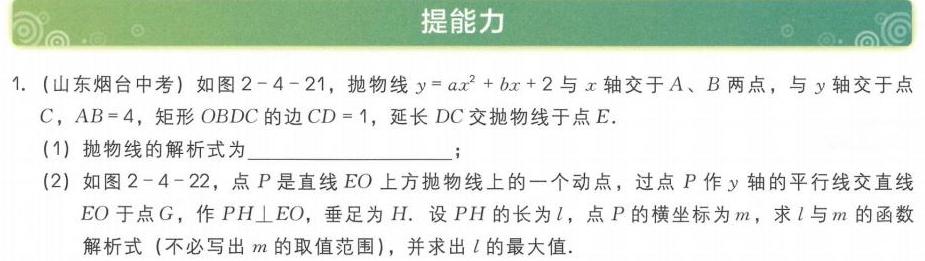
### 提能力
1. (山东烟台中考) 如图 \(2 - 4 - 21\)，抛物线 \(y = ax^{2}+bx + 2\) 与 \(x\) 轴交于 \(A\)、\(B\) 两点，与 \(y\) 轴交于点 \(C\)，\(AB = 4\)，矩形 \(OBDC\) 的边 \(CD = 1\)，延长 \(DC\) 交抛物线于点 \(E\)．
   - (1) 抛物线的解析式为  ；
   - (2) 如图 \(2 - 4 - 22\)，点 \(P\) 是直线 \(EO\) 上方抛物线上的一个动点，过点 \(P\) 作 \(y\) 轴的平行线交直线 \(EO\) 于点 \(G\)，作 \(PH\perp EO\)，垂足为 \(H\)．设 \(PH\) 的长为 \(l\)，点 \(P\) 的横坐标为 \(m\)，求 \(l\) 与 \(m\) 的函数解析式 (不必写出 \(m\) 的取值范围)，并求出 \(l\) 的最大值．